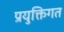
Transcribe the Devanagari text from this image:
प्रयुक्तिगत